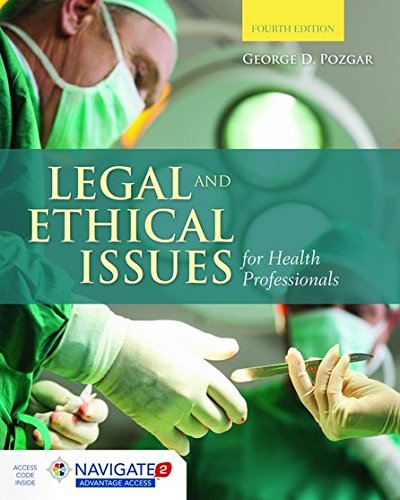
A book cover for Legal And Ethical Issues For Health Professionals; George D. Pozgar; Medical Books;